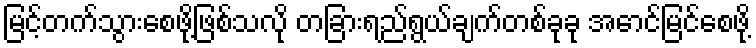
မြင့်တက်သွားစေဖို့ဖြစ်သလို တခြားရည်ရွယ်ချက်တစ်ခုခု အောင်မြင်စေဖို့